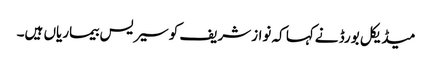
میڈیکل بورڈ نےکہا کہ نوازشریف کوسیریس بیماریاں ہیں۔